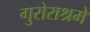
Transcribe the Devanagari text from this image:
गुरोराश्रमे